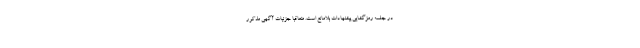
در جلسه رمزگشایی پیشنهادات بلامانع است. متعاقباً جزئیات آگهی مذکور